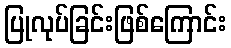
ပြုလုပ်ခြင်းဖြစ်ကြောင်း